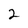
Character: 2